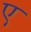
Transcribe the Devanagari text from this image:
ए़